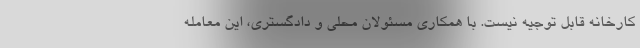
کارخانه قابل توجیه نیست. با همکاری مسئولان محلی و دادگستری، این معامله